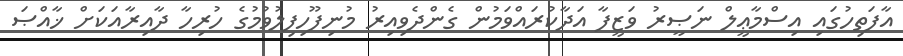
އާފަތިހުގައި އިސްމާޢީލް ނަޞީރު ވަޒީފާ އަދާކުރައްވަމުން ގެންދެވިއިރު މުނިފޫހިފިލުވުމުގެ ހުރިހާ ދާއިރާއަކަށް ޚާއްޞަ